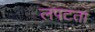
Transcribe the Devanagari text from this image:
लपटता